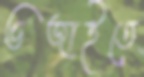
ভজাইতে